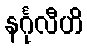
နင်္ဂုလီဟိ